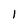
Character: 1